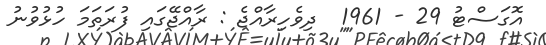
އޮގަސްޓު 29 - 1961  ދިވެހިރާއްޖެ : ރާއްޖޭގައި ފުރަތަމަ ހުޅުވުނު